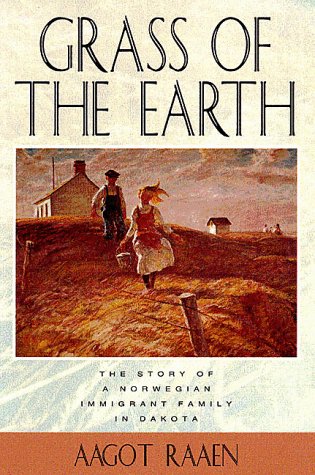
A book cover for Grass of The Earth: Immigrant Life in the Dakota Country (Borealis Books); Aagot Raaen; Biographies & Memoirs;